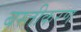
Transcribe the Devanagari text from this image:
बस्तीकरण